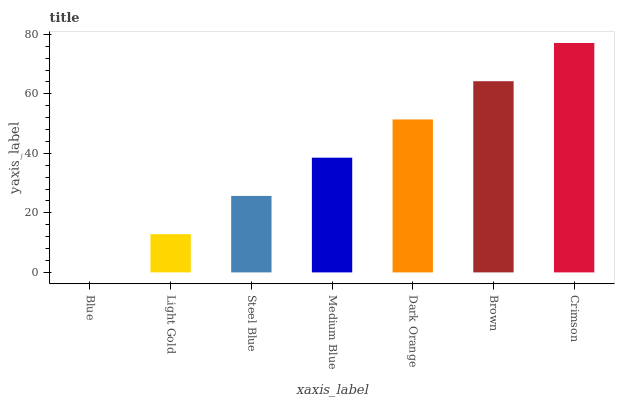
| xaxis_label | bars |
 | --- | --- |
 | Blue | 0 |
 | Light Gold | 12.8 |
 | Steel Blue | 25.7 |
 | Medium Blue | 38.5 |
 | Dark Orange | 51.4 |
 | Brown | 64.2 |
 | Crimson | 77.1 |